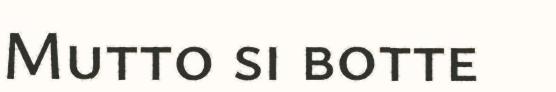
Mutto si botte